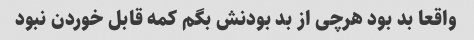
واقعا بد بود هرچی از بد بودنش بگم کمه قابل خوردن نبود